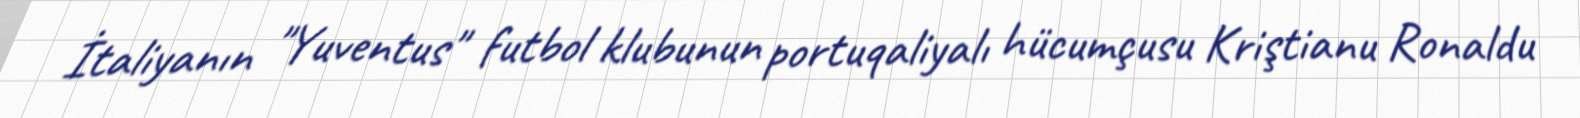
İtaliyanın "Yuventus" futbol klubunun portuqaliyalı hücumçusu Kriştianu Ronaldu